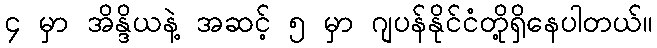
၄ မှာ အိန္ဒိယနဲ့ အဆင့် ၅ မှာ ဂျပန်နိုင်ငံတို့ရှိနေပါတယ်။